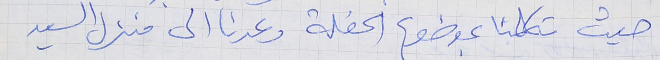
حيث تكلمنا بموضوع الحفلة وعدنا الى منزل السيد